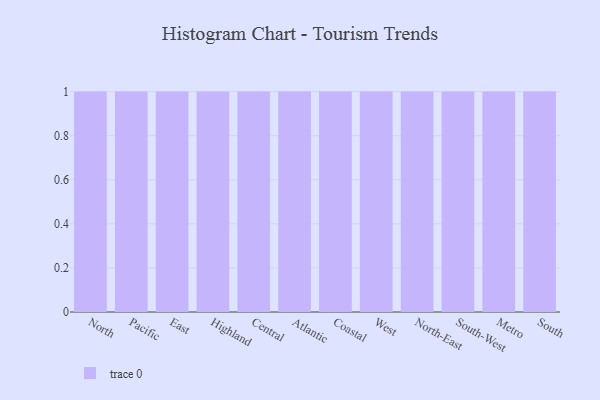
{"axis": {"x": "Region", "y": "Latency (ms)"}, "legend": [""], "data": [{"x": "North", "y": 96, "type": ""}, {"x": "Pacific", "y": 5, "type": ""}, {"x": "East", "y": 3, "type": ""}, {"x": "Highland", "y": 34, "type": ""}, {"x": "Central", "y": 37, "type": ""}, {"x": "Atlantic", "y": 11, "type": ""}, {"x": "Coastal", "y": 11, "type": ""}, {"x": "West", "y": 79, "type": ""}, {"x": "North-East", "y": 41, "type": ""}, {"x": "South-West", "y": 7, "type": ""}, {"x": "Metro", "y": 54, "type": ""}, {"x": "South", "y": 40, "type": ""}]}